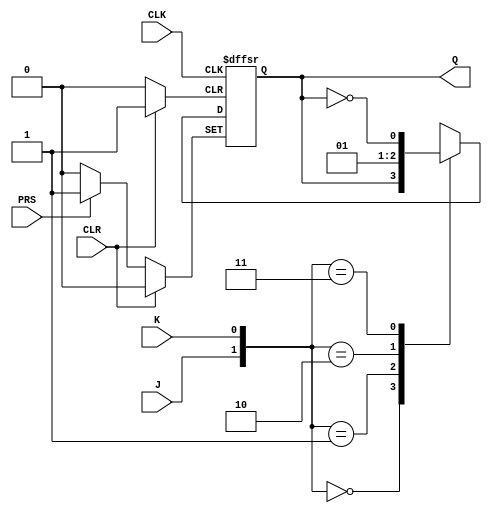
module flipflopJK (input CLK,
				input J,K,
				input CLR, PRS,
				output reg Q);
	always@(negedge CLK or posedge CLR or posedge PRS)
	begin
			if(CLR==1)
				Q=0;
			else if(PRS==1)
				Q=1;
			else case({J,K})
				2'b00:
					Q=Q;
				2'b01:
					Q=0;
				2'b10:
					Q=1;
				2'b11:
					Q=~Q;
			endcase 
		end 
	endmodule